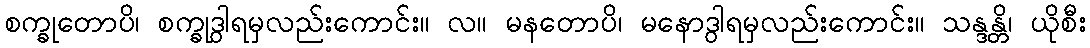
စက္ခုတောပိ၊ စက္ခုဒွါရမှလည်းကောင်း။ လ။ မနတောပိ၊ မနောဒွါရမှလည်းကောင်း။ သန္ဒန္တိ၊ ယိုစီး